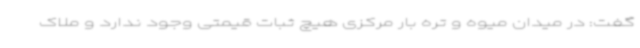
گفت: در میدان میوه و تره بار مرکزی هیچ ثبات قیمتی وجود ندارد و ملاک